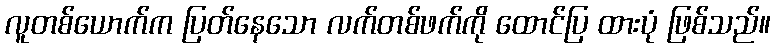
လူတစ်ယောက်က ပြတ်နေသော လက်တစ်ဖက်ကို ထောင်ပြ ထားပုံ ဖြစ်သည်။